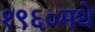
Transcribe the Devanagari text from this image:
१९६०मधे